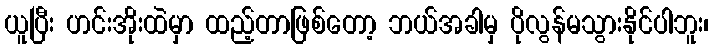
ယူပြီး ဟင်းအိုးထဲမှာ ထည့်တာဖြစ်တော့ ဘယ်အခါမှ ပိုလွန်မသွားနိုင်ပါဘူး၊